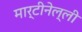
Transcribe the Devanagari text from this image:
मार्टीनेल्ली